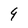
Character: 9